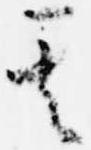
其